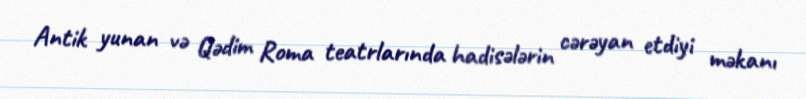
Antik yunan və Qədim Roma teatrlarında hadisələrin cərəyan etdiyi məkanı